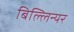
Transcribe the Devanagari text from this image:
बिल्लिन्यर